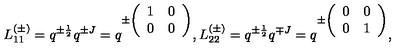
L _ { 1 1 } ^ { ( \pm ) } = q ^ { \pm \frac { 1 } { 2 } } q ^ { \pm J } = q ^ { \pm \left( \begin{array} { c c } { 1 } & { 0 } \\ { 0 } & { 0 } \\ \end{array} \right) } , L _ { 2 2 } ^ { ( \pm ) } = q ^ { \pm \frac { 1 } { 2 } } q ^ { \mp J } = q ^ { \pm \left( \begin{array} { c c } { 0 } & { 0 } \\ { 0 } & { 1 } \\ \end{array} \right) } ,